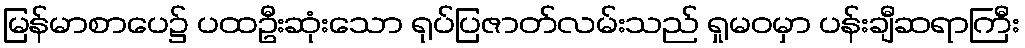
မြန်မာစာပေ၌ ပထဦးဆုံးသော ရုပ်ပြဇာတ်လမ်းသည် ရှုမဝမှာ ပန်းချီဆရာကြီး